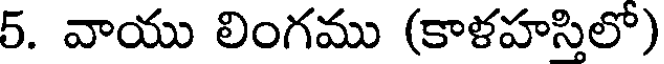
5. వాయు లింగము (కాళహసిలో)